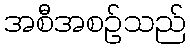
အစီအစဉ်သည်